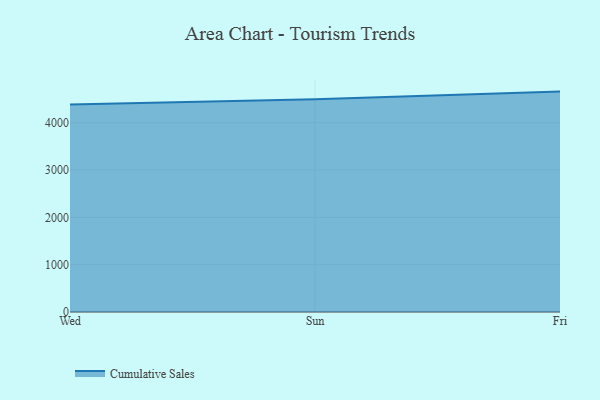
{"axis": {"x": "Day", "y": "Website Visitors"}, "legend": ["Cumulative Sales"], "data": [{"x": "Wed", "y": 4383.1, "type": "Cumulative Sales"}, {"x": "Sun", "y": 4493.5, "type": "Cumulative Sales"}, {"x": "Fri", "y": 4657.0, "type": "Cumulative Sales"}]}